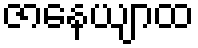
ဇာနေယျာထ